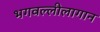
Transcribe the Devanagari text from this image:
भगवल्लीलागान